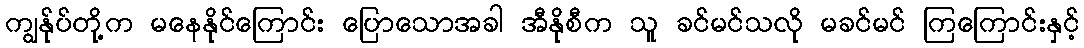
ကျွန်ုပ်တို့က မနေနိုင်ကြောင်း ပြောသောအခါ အီနိုစီက သူ ခင်မင်သလို မခင်မင် ကြကြောင်းနှင့်